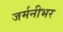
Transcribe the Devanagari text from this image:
जर्मनीभर